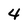
Character: 4